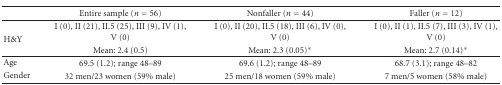
|  | Entire sample (n = 56) | Nonfaller (n = 44) | Faller (n = 12) |
 | --- | --- | --- | --- |
 | <ROWSPAN=2> H&Y | I (0), II (21), II.5 (25), III (9), IV (1), V (0) | I (0), II (20), II.5 (18), III (6), IV (0), V (0) | I (0), II (1), II.5 (7), III (3), IV (1), V (0) |
 | Mean: 2.4 (0.5) | Mean: 2.3 (0.05)* | Mean: 2.7 (0.14)* |
 | Age | 69.5 (1.2); range 48–89 | 69.6 (1.2); range 48–89 | 68.7 (3.1); range 48–82 |
 | Gender | 32 men/23 women (59% male) | 25 men/18 women (59% male) | 7 men/5 women (58% male) |